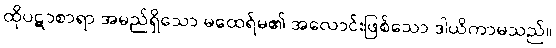
ထိုပဋာစာရာ အမည်ရှိသော မထေရ်မ၏ အလောင်းဖြစ်သော ဒါယိကာမသည်။